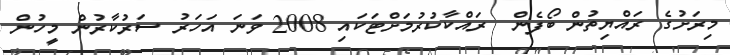
މިރަށުގެ ރައްޔިތުން ބޯފެން  ރައްކާކުރުމަށްޓަކައި 2008 ވަނަ އަހަރު ސަރުކާރުން މީހުން